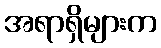
အရာရှိများက